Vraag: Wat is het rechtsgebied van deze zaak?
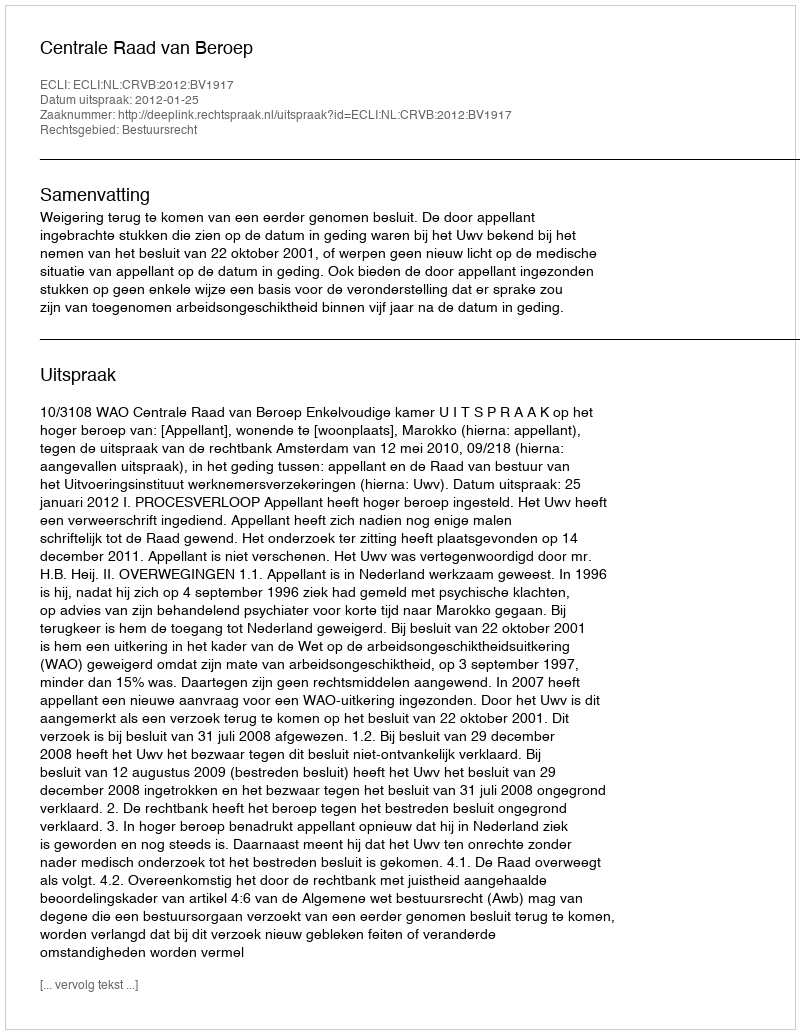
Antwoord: Bestuursrecht